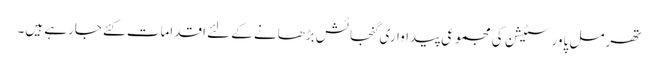
تھرمل پاور سٹیشن کی مجموعی پیداواری گنجائش بڑھانے کے لئے اقدامات کئے جارہے ہیں۔